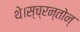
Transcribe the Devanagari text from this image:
थे।स्च्रन्तोन्